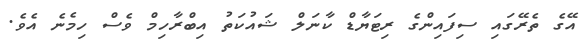
އޭގެ ތެރޭގައި ސިފައިންގެ ރިޓަޔާޑް ކާނަލް ޝައުކަތު އިބްރާހިމް ވެސް ހިމެނެ އެވެ.